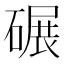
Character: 碾